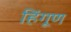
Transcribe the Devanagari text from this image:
हिंगूण